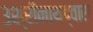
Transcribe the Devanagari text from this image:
३श्रीनाथद्वारा